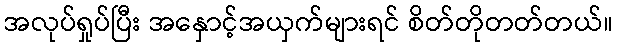
အလုပ်ရှုပ်ပြီး အနှောင့်အယှက်များရင် စိတ်တိုတတ်တယ်။